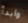
وابدأ